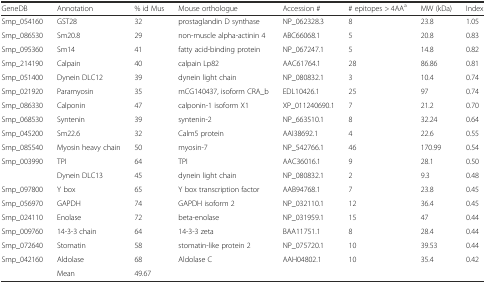
<table><thead><tr><td><b>GeneDB</b></td><td><b>Annotation</b></td><td><b>% id Mus</b></td><td><b>Mouse orthologue</b></td><td><b>Accession #</b></td><td><b># epitopes &gt; 4AA<sup>a</sup></b></td><td><b>MW (kDa)</b></td><td><b>Index</b></td></tr></thead><tbody><tr><td>Smp_054160</td><td>GST28</td><td>32</td><td>prostaglandin D synthase</td><td>NP_062328.3</td><td>8</td><td>23.8</td><td>1.05</td></tr><tr><td>Smp_086530</td><td>Sm20.8</td><td>29</td><td>non-muscle alpha-actinin 4</td><td>ABC66068.1</td><td>5</td><td>20.8</td><td>0.83</td></tr><tr><td>Smp_095360</td><td>Sm14</td><td>41</td><td>fatty acid-binding protein</td><td>NP_067247.1</td><td>5</td><td>14.8</td><td>0.82</td></tr><tr><td>Smp_214190</td><td>Calpain</td><td>40</td><td>calpain Lp82</td><td>AAC61764.1</td><td>28</td><td>86.86</td><td>0.81</td></tr><tr><td>Smp_051400</td><td>Dynein DLC12</td><td>39</td><td>dynein light chain</td><td>NP_080832.1</td><td>3</td><td>10.4</td><td>0.74</td></tr><tr><td>Smp_021920</td><td>Paramyosin</td><td>35</td><td>mCG140437, isoform CRA_b</td><td>EDL10426.1</td><td>25</td><td>97</td><td>0.74</td></tr><tr><td>Smp_086330</td><td>Calponin</td><td>47</td><td>calponin-1 isoform X1</td><td>XP_011240690.1</td><td>7</td><td>21.2</td><td>0.70</td></tr><tr><td>Smp_068530</td><td>Syntenin</td><td>39</td><td>syntenin-2</td><td>NP_663510.1</td><td>8</td><td>32.24</td><td>0.64</td></tr><tr><td>Smp_045200</td><td>Sm22.6</td><td>32</td><td>Calm5 protein</td><td>AAI38692.1</td><td>4</td><td>22.6</td><td>0.55</td></tr><tr><td>Smp_085540</td><td>Myosin heavy chain</td><td>50</td><td>myosin-7</td><td>NP_542766.1</td><td>46</td><td>170.99</td><td>0.54</td></tr><tr><td>Smp_003990</td><td>TPI</td><td>64</td><td>TPI</td><td>AAC36016.1</td><td>9</td><td>28.1</td><td>0.50</td></tr><tr><td></td><td>Dynein DLC13</td><td>45</td><td>dynein light chain</td><td>NP_080832.1</td><td>2</td><td>9.3</td><td>0.48</td></tr><tr><td>Smp_097800</td><td>Y box</td><td>65</td><td>Y box transcription factor</td><td>AAB94768.1</td><td>7</td><td>23.8</td><td>0.45</td></tr><tr><td>Smp_056970</td><td>GAPDH</td><td>74</td><td>GAPDH isoform 2</td><td>NP_032110.1</td><td>12</td><td>36.4</td><td>0.45</td></tr><tr><td>Smp_024110</td><td>Enolase</td><td>72</td><td>beta-enolase</td><td>NP_031959.1</td><td>15</td><td>47</td><td>0.44</td></tr><tr><td>Smp_009760</td><td>14-3-3 chain</td><td>64</td><td>14-3-3 zeta</td><td>BAA11751.1</td><td>8</td><td>28.4</td><td>0.44</td></tr><tr><td>Smp_072640</td><td>Stomatin</td><td>58</td><td>stomatin-like protein 2</td><td>NP_075720.1</td><td>10</td><td>39.53</td><td>0.44</td></tr><tr><td>Smp_042160</td><td>Aldolase</td><td>68</td><td>Aldolase C</td><td>AAH04802.1</td><td>10</td><td>35.4</td><td>0.42</td></tr><tr><td></td><td>Mean</td><td>49.67</td><td></td><td></td><td></td><td colspan="2"></td></tr></tbody></table>